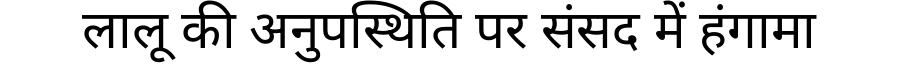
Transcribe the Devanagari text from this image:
लालू की अनुपस्थिति पर संसद में हंगामा